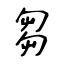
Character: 芻